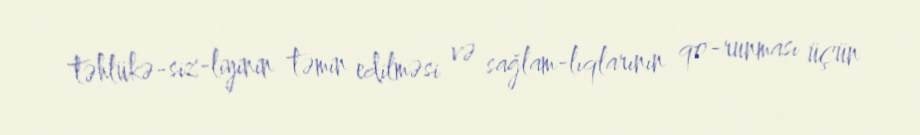
təhlükə­siz­liyinin təmin edilməsi və sağlam­lıqlarının qo­runması üçün